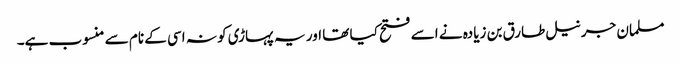
مسلمان جرنیل طارق بن زیادہ نے اسے فتح کیا تھا اور یہ پہاڑی کو نہ اسی کے نام سے منسوب ہے۔